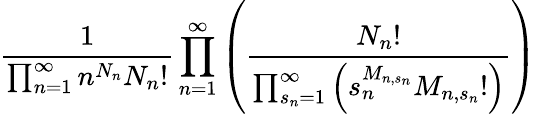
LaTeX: \frac{1}{\prod_{n=1}^{\infty}n^{N_{n}}N_{n}!}\prod_{n=1}^{\infty}\left(\frac{N_{n}!}{\prod_{s_{n}=1}^{\infty}\left(s_{n}^{M_{n,s_{n}}}M_{n,s_{n}}!\right)}\right)